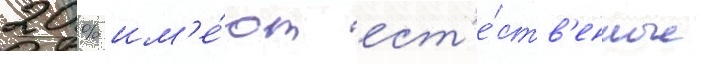
20 % им'е́ют ест'е́ств'енные